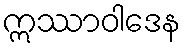
ဣဿာဝါဒေန